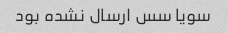
سویا سس ارسال نشده بود